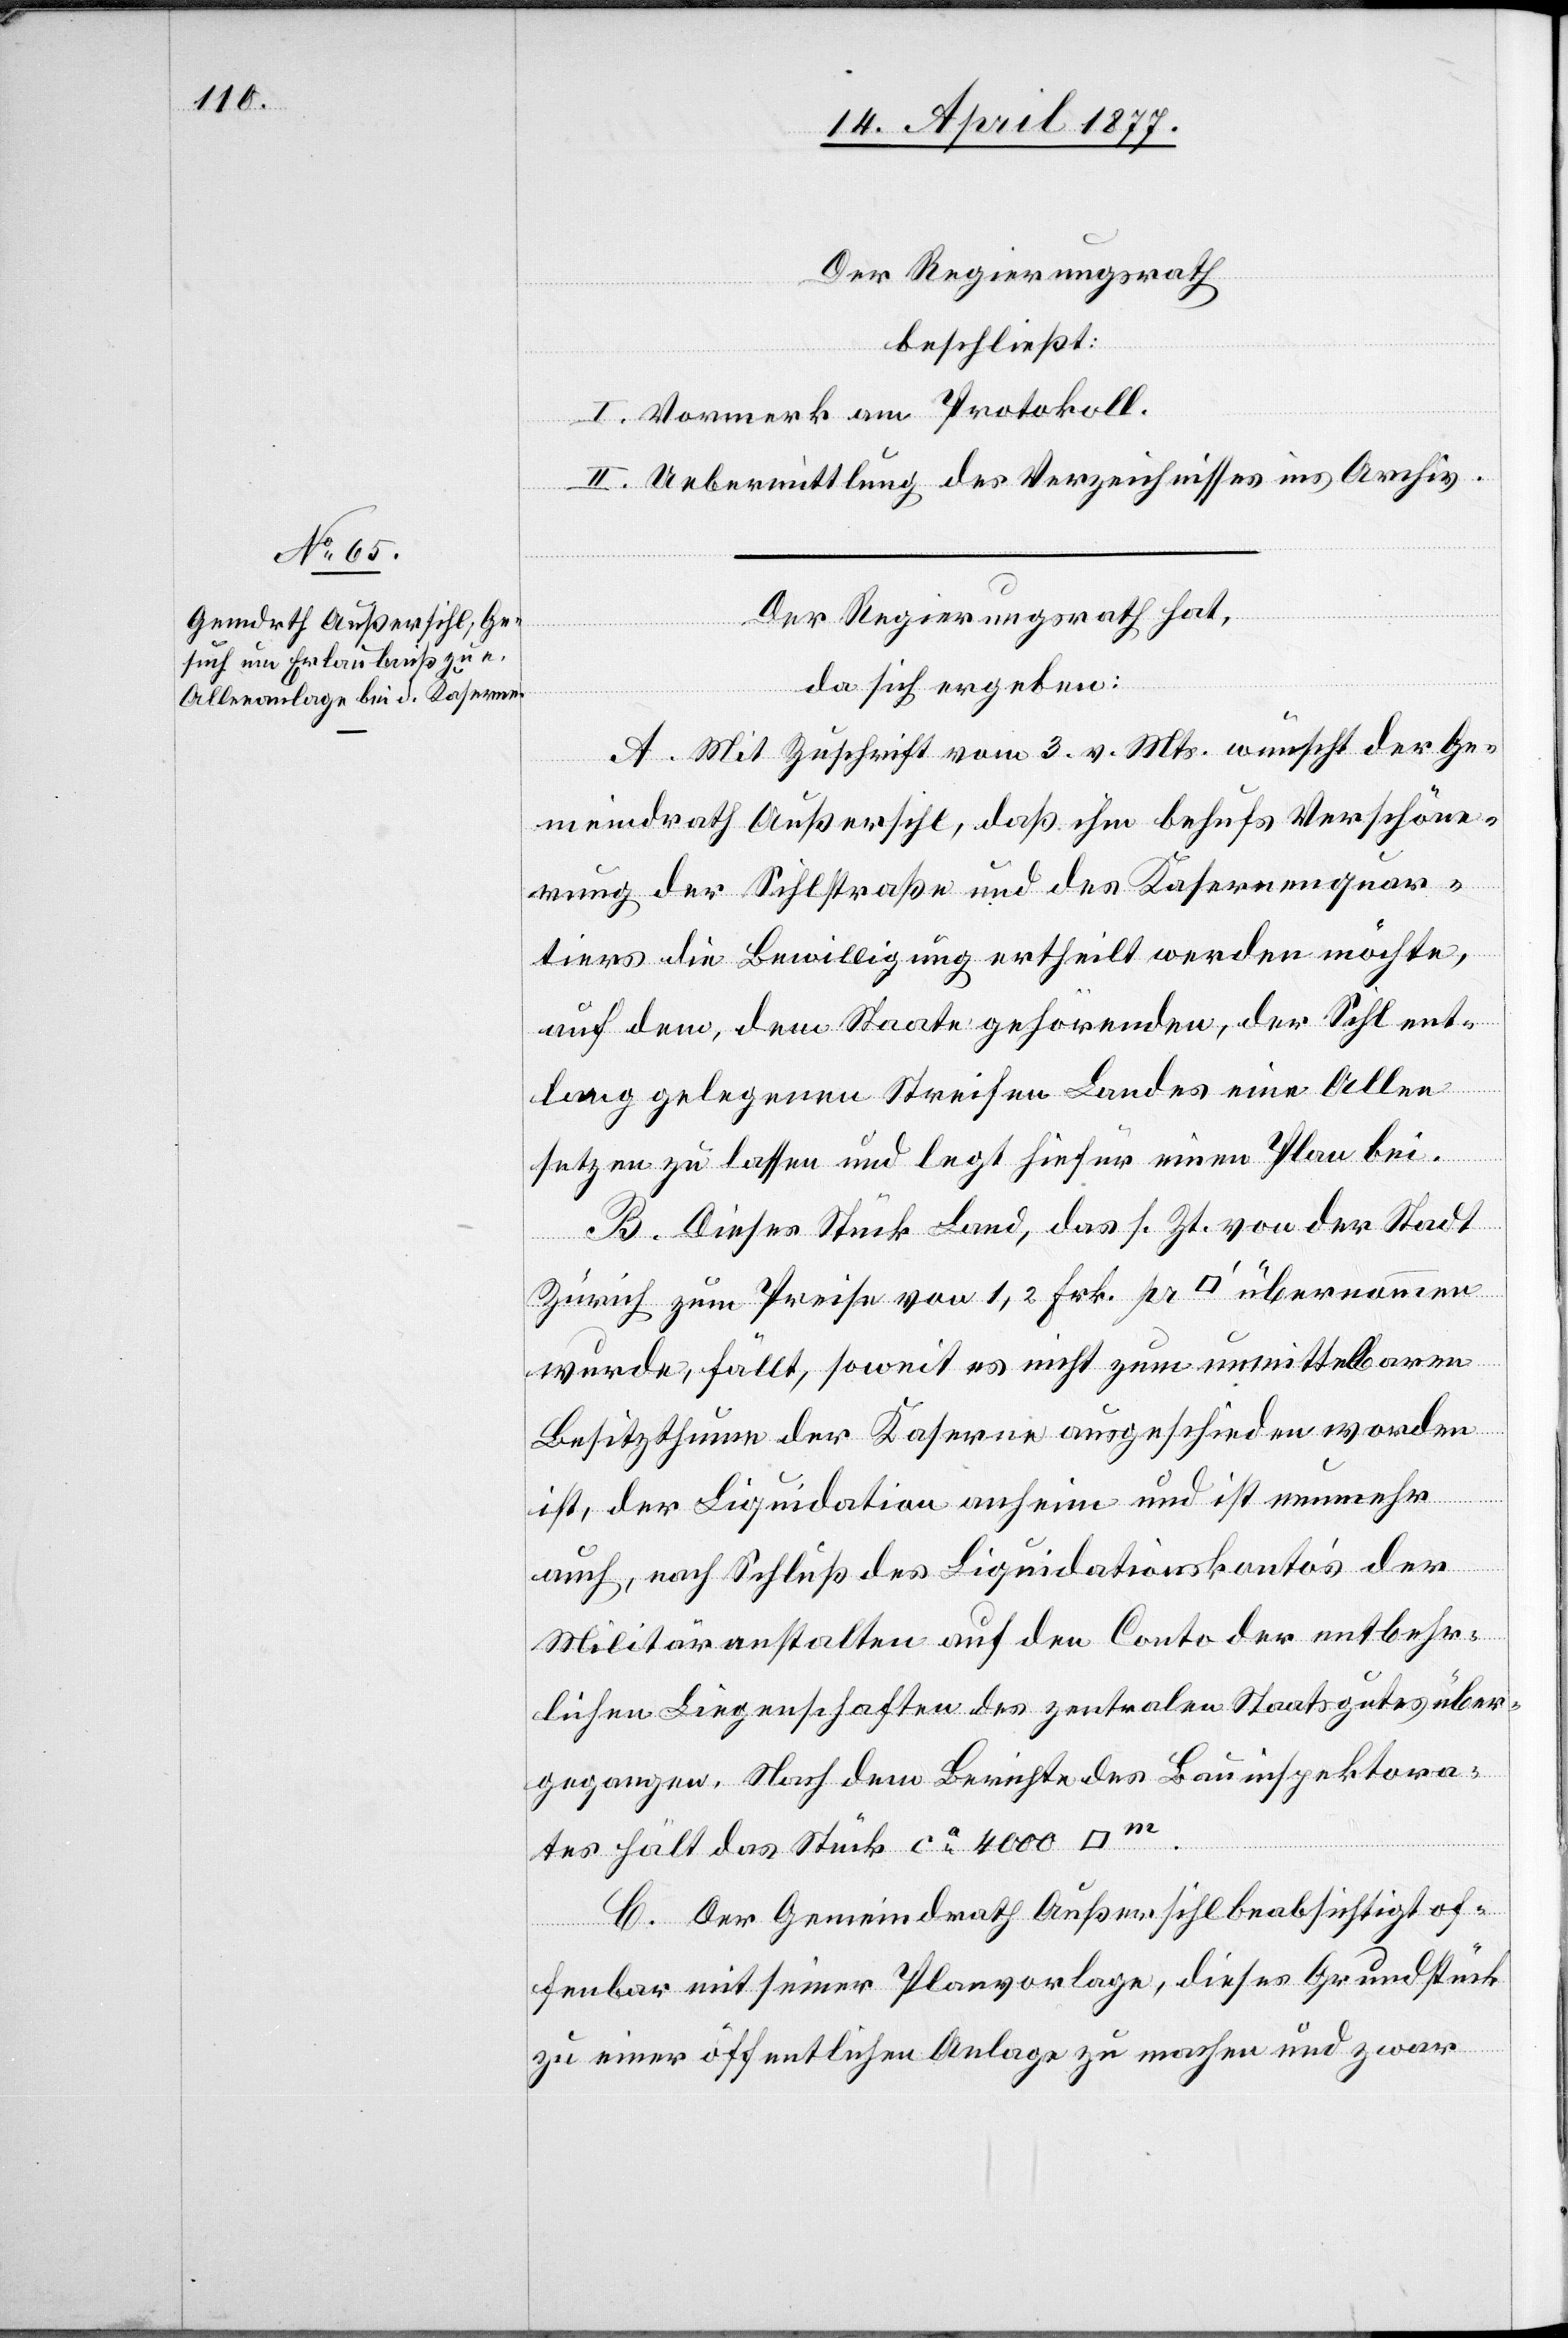
Der Regierungsrath,
beschließt:
I. Vormerk am Protokoll.
II. Uebermittlung des Verzeichnisses ins Archiv.
Der Regierungsrath hat,
da sich ergeben:
A. Mit Zuschrift vom 3. v. Mts. wünscht der Ge¬
meindrath Außersihl, daß ihm behufs Verschöne¬
rung der Sihlstraße und des Kasernenquar¬
tiers die Bewilligung ertheilt werden möchte,
auf dem, dem Staate gehörenden, der Sihl ent¬
lang gelegenen Streifen Landes eine Allee
setzen zu lassen und legt hiefür einen Plan bei.
B. Dieses Stück Land, das s. Zt. von der Stadt
Zürich zum Preises von 1,2 Frk. pr [Quadratfuss] übernommen
wurde, fällt, soweit es nicht zum unmittelbaren
Besitzthume der Kaserne ausgeschieden worden
dratmeter].
ist, der Liquidation anheim und ist nunmehr
auch, nach Schluß des Liquidationskonto’s der
Militäranstalten auf den Conto der entbehr¬
lichen Liegenschaften des zentralen Staatsgutes über¬
gegangen. Nach dem Berichte des Bauinspektora¬
tes hält das Stück ca 4000 [Qua¬
C. Der Gemeindrath Außersihl beabsichtigt of¬
fenbar mit seiner Planvorlage, dieses Grundstück
zu einer öffentlichen Anlage zu machen und zwar